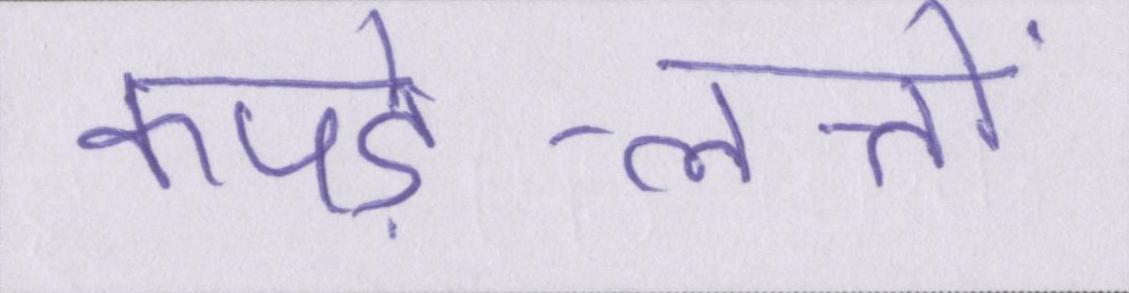
कपड़े-लत्तों